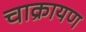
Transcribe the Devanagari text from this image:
चाक्रायण